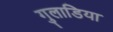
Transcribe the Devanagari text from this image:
गुलाडिया